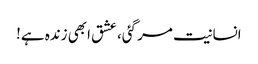
انسانیت مر گئی، عشق ابھی زندہ ہے!